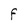
Character: F